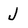
Character: j